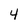
Character: 4